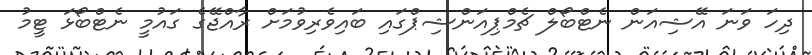
ދިހަ ވަނަ އޭޝިއަން ނެޓްބޯލް ޗެމްޕިއަންޝިޕްގައި ބައިވެރިވުމަށް ރާއްޖޭގެ ގައުމީ ނެޓްބޯޅަ ޓީމު